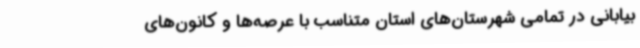
بیابانی در تمامی شهرستان‌های استان متناسب با عرصه‌ها و کانون‌های